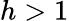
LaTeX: h>1